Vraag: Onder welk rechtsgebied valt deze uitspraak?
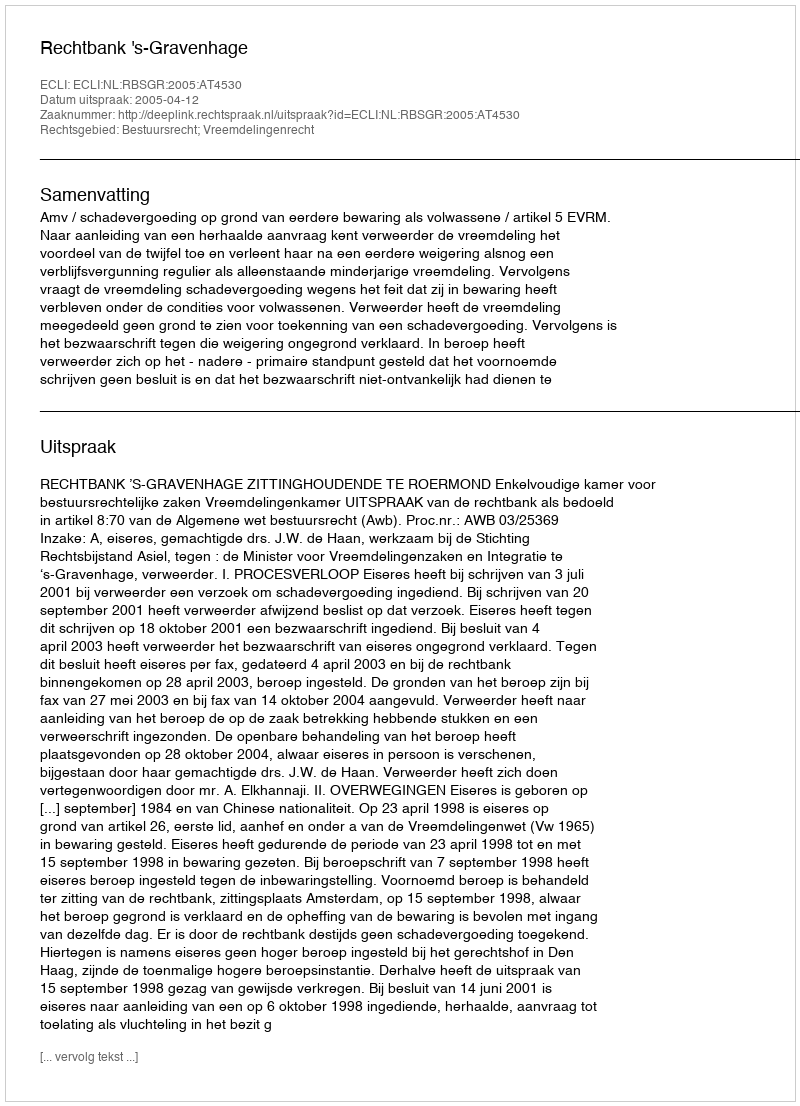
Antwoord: Bestuursrecht; Vreemdelingenrecht